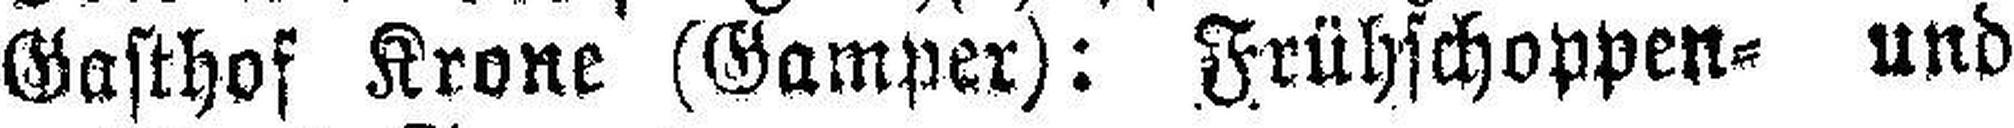
Gasthof Krone (Gamper): Frühschoppen= und